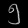
Digit: ၅